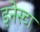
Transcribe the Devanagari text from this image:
इनेस्टा